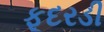
ફૂદરડી